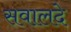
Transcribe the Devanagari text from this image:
सवालदे